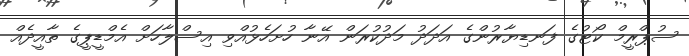
ސުޕްރީމް ކޯޓުގެ ފަނޑިޔާރުންގެ އަދަދު މަދުކުރަން އޭނާ ހުށަހެޅުއްވި އިސްލާހަށް އެމްޑީޕީގެ ތާއީދެއް